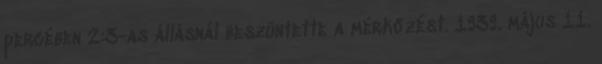
percében 2:3-as állásnál beszüntette a mérkőzést. 1939. május 11.